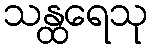
သန္ထရေသု